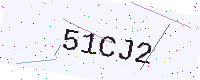
Text: 51CJ2